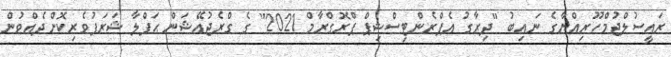
ރައީސުލްޖުމްހޫރިއްޔާގެ ނައިބު "ދިރާގު އެޕްރެންޓިސްޝިޕް ޕްރޮގްރާމް 2021" ގެ ގްރެޖުއޭޝަން ޙަފްލާ ޝަރަފުވެރިކޮށްދެއްވުން